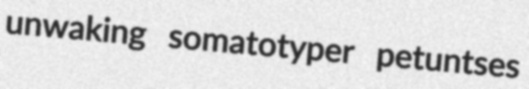
unwaking somatotyper petuntses